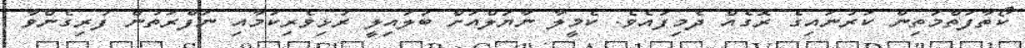
ކޯތާފަތްމަތިން ކަރުނައިގެ ރޮގެއް ދެމިފައެވެ. ކެމީލާ ނާޔަލްއަށް ބަލައިލީ ރުޅިވެރިކަމާއި ނަފްރަތުން ފުރިގެންވާ